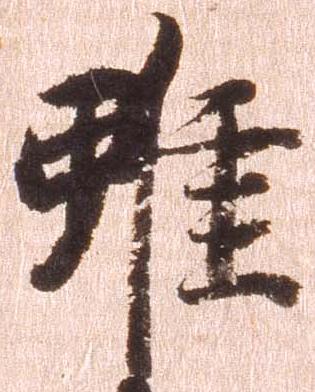
雖